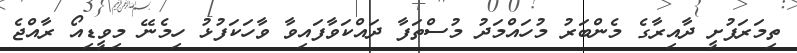
ތިމަރަފުށީ ދާއިރާގެ މެންބަރު މުހައްމަދު މުސްތަފާ ދައްކަވާފައިވާ ވާހަކަފުޅު ހިމެނޭ މިވީޑިއޯ ރާއްޖެ